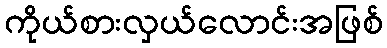
ကိုယ်စားလှယ်လောင်းအဖြစ်